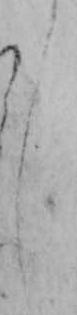
し